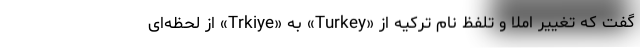
گفت که تغییر املا و تلفظ نام ترکیه از «Turkey» به «Trkiye» از لحظه‌ای